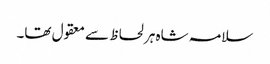
سلامہ شاہ ہر لحاظ سے معقول تھا۔